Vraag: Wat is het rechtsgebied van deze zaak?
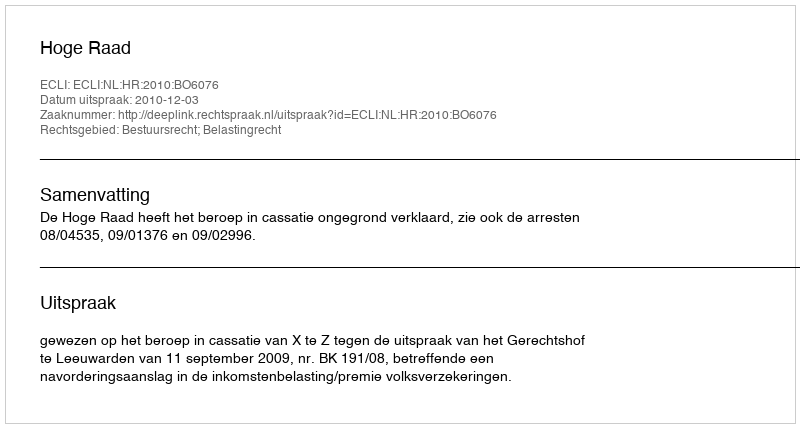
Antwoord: Bestuursrecht; Belastingrecht